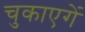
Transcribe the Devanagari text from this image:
चुकाएगें